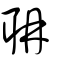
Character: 耼